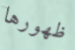
ظهورها